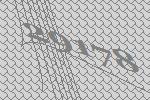
29178